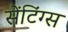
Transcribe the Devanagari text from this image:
सेंटिंग्स